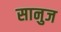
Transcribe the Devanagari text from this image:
सानुज